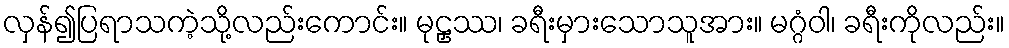
လှန်၍ပြရာသကဲ့သို့လည်းကောင်း။ မုဠှဿ၊ ခရီးမှားသောသူအား။ မဂ္ဂံဝါ၊ ခရီးကိုလည်း။